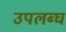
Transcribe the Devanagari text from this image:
उपलब्‍घ